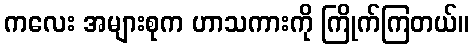
ကလေး အများစုက ဟာသကားကို ကြိုက်ကြတယ်။